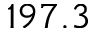
1 9 7 . 3